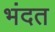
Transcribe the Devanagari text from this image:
भंदत